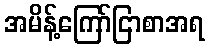
အမိန့်ကြော်ငြာစာအရ